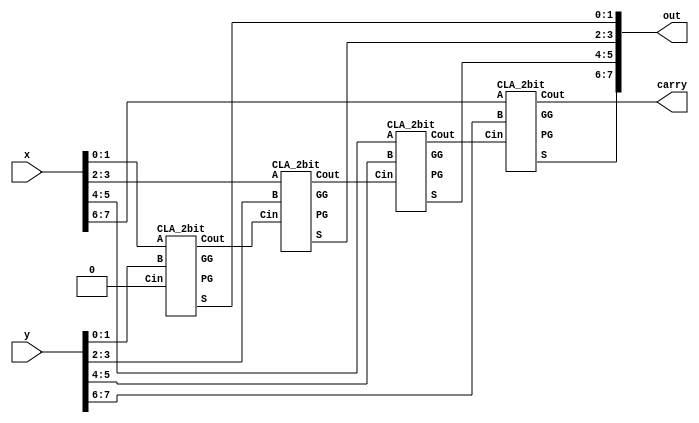
// Carry-Lookahead Adder (8-bit)
module adder_gate(x, y, carry, out);
    input [7:0] x, y;
    output carry;
    output [7:0] out;

    /*Write your code here*/

    wire Cin;
	wire PG[0:3], GG[0:3];
	wire Co[0:3];
	wire [1:0] s[0:3];
    // set Cin to 0
    assign Cin = 1'b0;

	CLA_2bit adder0(Co[0], s[0], PG[0], GG[0], x[1:0], y[1:0], Cin);
	CLA_2bit adder1(Co[1], s[1], PG[1], GG[1], x[3:2], y[3:2], Co[0]);
	CLA_2bit adder2(Co[2], s[2], PG[2], GG[2], x[5:4], y[5:4], Co[1]);
	CLA_2bit adder3(Co[3], s[3], PG[3], GG[3], x[7:6], y[7:6], Co[2]);

	assign out = {s[3], s[2], s[1], s[0]};
	assign carry = Co[3];
    /*End of code*/

endmodule

// Carry-Lookahead Adder (2-bit)
module CLA_2bit(Cout, S, PG, GG, A, B, Cin);
	input [1:0] A, B;
	input Cin;
	output [1:0] S;
	output Cout, PG, GG;

	wire [1:0] G, P;
	wire C;
	wire t[0:2];

	// Generate G = A & B
	BWAND#(2) bwand0(G, A, B);
	// Propagate P = A ^ B
	BWXOR#(2) bwxor0(P, A, B);

	// C = G[0] | (P[0] & Cin);
	and #1 and0(t[0], P[0], Cin);
	or #1 or0(C, G[0], t[0]);
	// S = P ^ {C, Cin};
	BWXOR#(2) bwxor1(S, P, {C, Cin});
	// PG = P[1] & P[0]
	and #1 and1(PG, P[1], P[0]);
	// GG = G[1] | (P[1]&G[0])
	and #1 and2(t[1], P[1], G[0]);
	or #1 or1(GG, G[1], t[1]);
	// Cout = GG | (PG & Cin)
	and #1 and3(t[2], PG, Cin);
	or #1 or2(Cout, GG, t[2]);

endmodule

// bitwise AND
module BWAND#(parameter N = 4)(Z, A, B);
	input [N-1:0] A, B;
	output [N-1:0] Z;

	genvar i;
	generate
		for (i = 0; i <= N-1; i = i + 1) begin
			and #1 and0(Z[i], A[i], B[i]);
		end
	endgenerate

endmodule

// bitwise XOR
module BWXOR#(parameter N = 4)(Z, A, B);
	input [N-1:0] A, B;
	output [N-1:0] Z;

	genvar i;
	generate
		for (i = 0; i <= N-1; i = i + 1) begin
			xor #1 xor0(Z[i], A[i], B[i]);
		end
	endgenerate

endmodule

// Carry-Lookahead Adder (4-bit)
/* module CLA_4bit(Cout, S, PG, GG, A, B, Cin);
	input [3:0] A, B;
	input Cin;
	output [3:0] S;
	output Cout, PG, GG;

	wire [3:0] G, P;
	wire [2:0] C;
	wire t[0:6];

	// Generate G = A & B
	BWAND#(4) bwand0(G, A, B);
	// Propagate P = A ^ B
	BWXOR#(4) bwxor0(P, A, B);

	// C[0] = G[0] | (P[0] & Cin);
	and #1 and0(t[0], P[0], Cin);
	or #1 or0(C[0], G[0], t[0]);
	// C[1] = G[1] | (P[1] & C[0]);
	and #1 and1(t[1], P[1], C[0]);
	or #1 or1(C[1], G[1], t[1]);
	// C[2] = G[2] | (P[2] & C[1]);
	and #1 and2(t[2], P[2], C[1]);
	or #1 or2(C[2], G[2], t[2]);
	// S = P ^ {C[2:0], Cin};
	BWXOR#(4) bwxor1(S, P, {C[2:0], Cin});
	// PG = P[3] & P[2] & P[1] & P[0]
	and #1 and3(PG, P[3], P[2], P[1], P[0]);
	// GG = G[3] | (P[3]&G[2]) | (P[3]&P[2]&G[1]) | (P[3]&P[2]&P[1]&G[0])
	and #1 and4(t[3], P[3], P[2], P[1], G[0]);
	and #1 and5(t[4], P[3], P[2], G[1]);
	and #1 and6(t[5], P[3], G[2]);
	or #1 or3(GG, G[3], t[5], t[4], t[3]);
	// Cout = GG | (PG & Cin)
	and #1 and7(t[6], PG, Cin);
	or #1 or4(Cout, GG, t[6]);

endmodule */